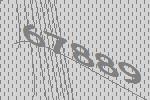
67889